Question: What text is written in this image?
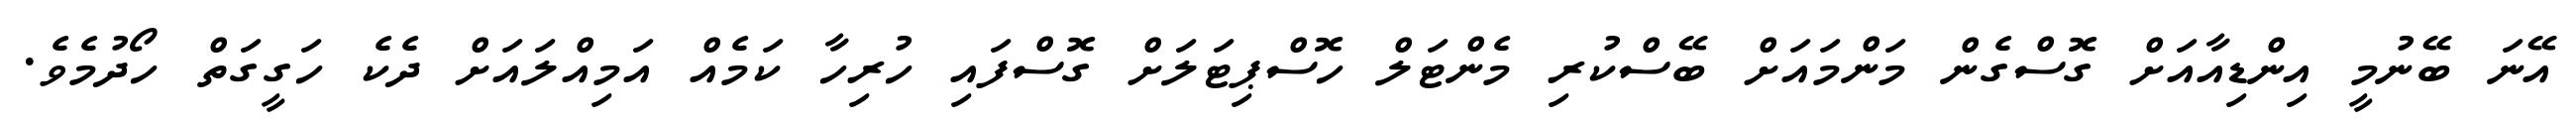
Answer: އޭނަ ބޭނުމީ އިންޑިއާއަށް ގޮސްގެން މަންމައަށް ބޭސްކުރި މެންޓަލް ހޮސްޕިޓަލަށް ގޮސްފައި ހުރިހާ ކަމެއް އަމިއްލައަށް ދެކެ ހަގީގަތް ހޯދުމެވެ.